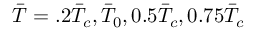
\Bar { T } = . 2 \Bar { T } _ { c } , \Bar { T } _ { 0 } , 0 . 5 \Bar { T } _ { c } , 0 . 7 5 \Bar { T } _ { c }